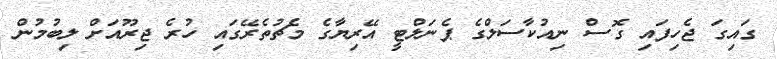
ގައިގަ ޖެހިފައި ގޮސް ނިއުކާސަލްގެ ޕެނަލްޓީ އޭރިޔާގެ މެޗުތެރޭގައި ހުރެ ޖިރޫއަށް ލިބުމުން